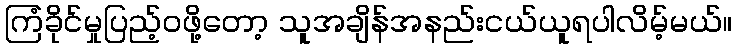
ကြံခိုင်မှုပြည့်ဝဖို့တော့ သူအချိန်အနည်းငယ်ယူရပါလိမ့်မယ်။